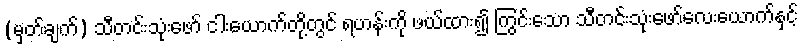
(မှတ်ချက်) သီတင်းသုံးဖော် ငါးယောက်တို့တွင် ရဟန်းကို ဖယ်ထား၍ ကြွင်းသော သီတင်းသုံးဖော်လေးယောက်နှင့်